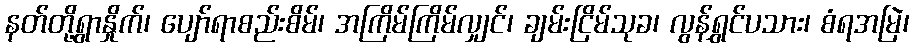
နတ်တို့ရွာနှိုက်၊ ပျော်ရာစည်းစိမ်၊ အကြိမ်ကြိမ်လျှင်၊ ချမ်းငြိမ်သုခ၊ လွန်ရွှင်ပသား၊ စံရအမြဲ၊